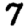
Digit: 7